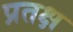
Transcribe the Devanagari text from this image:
प्रतक्ष